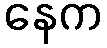
နေက